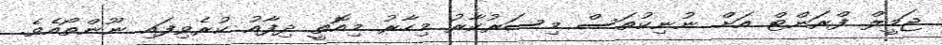
ޖަމީލް ފްރަންޓް އަށް ނުނިކުތަސް މިސަރުކާރު މިހާރު މިއޮތީ ދިފާއު ކުރެވިފައި ނޫންތޯއެެވެ.